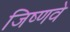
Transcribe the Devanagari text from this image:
जिष्णवे